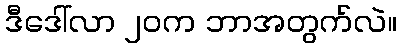
ဒီဒေါ်လာ ၂၀က ဘာအတွက်လဲ။